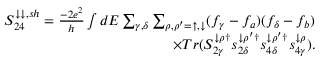
\begin{array} { r } { { S _ { 2 4 } ^ { \downarrow \downarrow , s h } = \frac { - 2 e ^ { 2 } } { h } \int d E \sum _ { \gamma , \delta } \sum _ { \rho , \rho ^ { \prime } = \uparrow , \downarrow } ( f _ { \gamma } - f _ { a } ) ( f _ { \delta } - f _ { b } ) } } \\ { { \times T r ( S _ { 2 \gamma } ^ { \downarrow \rho \dagger } s _ { 2 \delta } ^ { \downarrow \rho ^ { \prime } \dagger } s _ { 4 \delta } ^ { \downarrow \rho ^ { \prime } \dagger } s _ { 4 \gamma } ^ { \downarrow \rho } ) } . } \end{array}